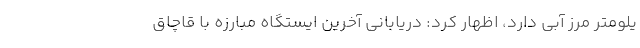
یلومتر مرز آبی دارد، اظهار کرد: دریابانی آخرین ایستگاه مبارزه با قاچاق